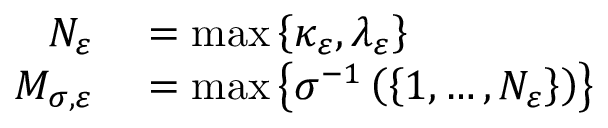
\begin{array} { r l } { N _ { \varepsilon } } & { { } = \operatorname* { m a x } \left\{ \kappa _ { \varepsilon } , \lambda _ { \varepsilon } \right\} } \\ { M _ { \sigma , \varepsilon } } & { { } = \operatorname* { m a x } \left\{ \sigma ^ { - 1 } \left( \left\{ 1 , \dots , N _ { \varepsilon } \right\} \right) \right\} } \end{array}